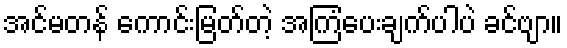
အင်မတန် ကောင်းမြတ်တဲ့ အကြံပေးချက်ပါပဲ ခင်ဗျာ။